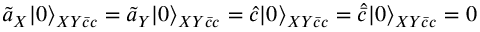
\tilde { a } _ { X } | 0 \rangle _ { X Y \bar { c } c } = \tilde { a } _ { Y } | 0 \rangle _ { X Y \bar { c } c } = \hat { c } | 0 \rangle _ { X Y \bar { c } c } = \hat { \bar { c } } | 0 \rangle _ { X Y \bar { c } c } = 0